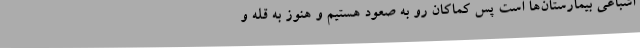
اشباعی بیمارستان‌ها است پس کماکان رو به صعود هستیم و هنوز به قله و